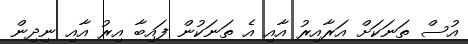
އުސް ތަނަކަށް އަރާއިރު އާއި އެ ތަނަކުން ފައިބާ އިރު އާއި ނިދިން